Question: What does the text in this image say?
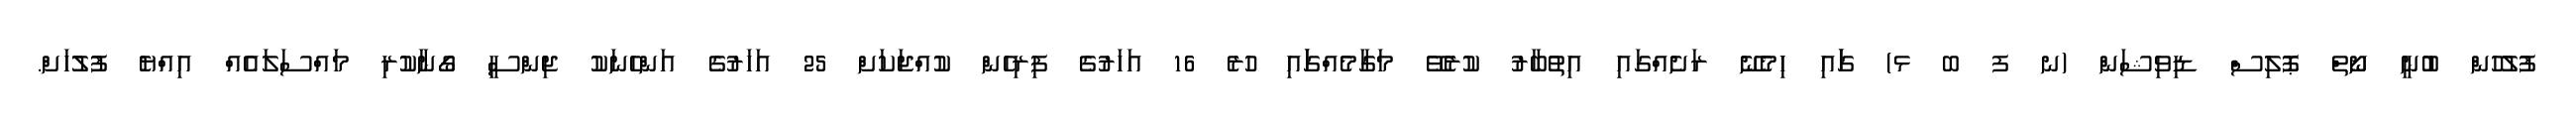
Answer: ފުލުހުން ބުނީ ނޯތް ޕޮލިސް ޑިވިޝަން (ނ ފ ބ ޅ) ގަައި ހިމެނޭ ރަށެއްގައި އިތުބާރު ކުރެވޭ މަގާމެއްގަައި ހުރެ 16 އަހަރުގެ ފިރިހެން ކުއްޖަކަށް 25 އަހަރުގެ އަންހެނަކު ޖިންސީ ގޯނާކުރި މައްސަލައެއް އިއްޔެ ފުލުހަށް.